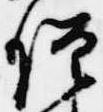
僧